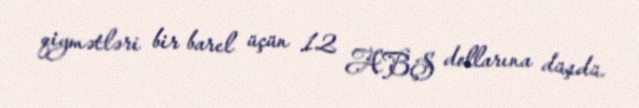
qiymətləri bir barel üçün 12 ABŞ dollarına düşdü.